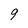
Character: 9